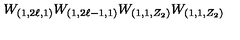
W _ { ( 1 , 2 \ell , 1 ) } W _ { ( 1 , 2 \ell - 1 , 1 ) } W _ { ( 1 , 1 , Z _ { 2 } ) } W _ { ( 1 , 1 , Z _ { 2 } ) }